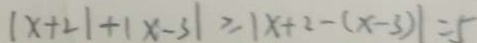
\vert x + 2 \vert + \vert x - 3 \vert \geq \vert x + 2 - ( x - 3 ) \vert = 5